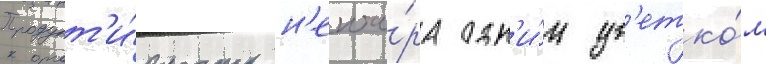
Продукт'и́вность н'екта́ра одн'и́м цв'етко́м